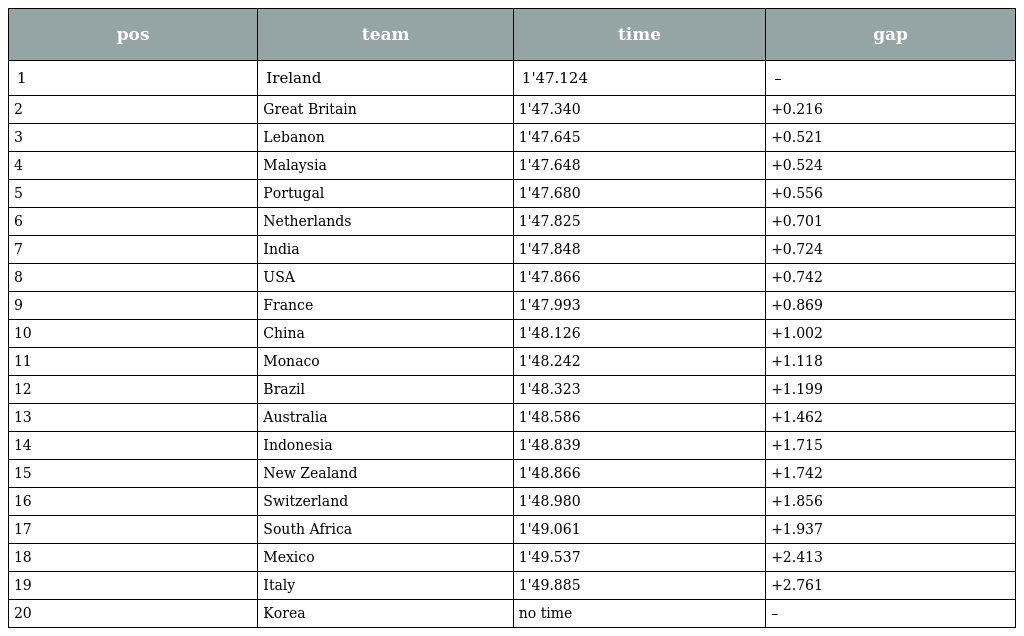
| pos | team | time | gap |
 | --- | --- | --- | --- |
 | 1 | Ireland | 1'47.124 | – |
 | 2 | Great Britain | 1'47.340 | +0.216 |
 | 3 | Lebanon | 1'47.645 | +0.521 |
 | 4 | Malaysia | 1'47.648 | +0.524 |
 | 5 | Portugal | 1'47.680 | +0.556 |
 | 6 | Netherlands | 1'47.825 | +0.701 |
 | 7 | India | 1'47.848 | +0.724 |
 | 8 | USA | 1'47.866 | +0.742 |
 | 9 | France | 1'47.993 | +0.869 |
 | 10 | China | 1'48.126 | +1.002 |
 | 11 | Monaco | 1'48.242 | +1.118 |
 | 12 | Brazil | 1'48.323 | +1.199 |
 | 13 | Australia | 1'48.586 | +1.462 |
 | 14 | Indonesia | 1'48.839 | +1.715 |
 | 15 | New Zealand | 1'48.866 | +1.742 |
 | 16 | Switzerland | 1'48.980 | +1.856 |
 | 17 | South Africa | 1'49.061 | +1.937 |
 | 18 | Mexico | 1'49.537 | +2.413 |
 | 19 | Italy | 1'49.885 | +2.761 |
 | 20 | Korea | no time | – |